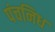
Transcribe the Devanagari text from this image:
पंचनिध